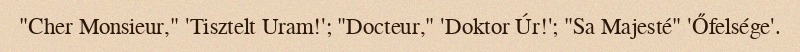
"Cher Monsieur," 'Tisztelt Uram!'; "Docteur," 'Doktor Úr!'; "Sa Majesté" 'Őfelsége'.